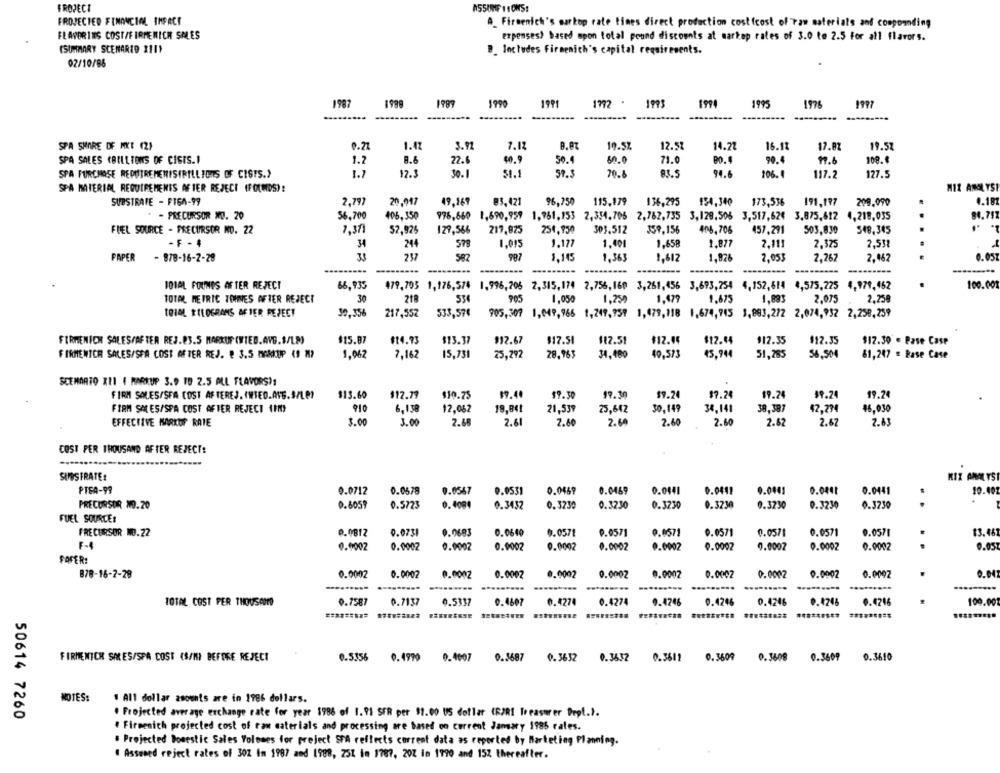
FROPECT
ASSUME 11 ONS:
FROJECTED FINANCIAL IMPACT
A_ Firmenich's markop rate times direct production cost(cost of raw materials and compounding
FLAVORINS COST/FIRMENICH SALES
expenses) based upon total pound discounts at markep rates of 3.0 to 2.5 For all flavors.
(SUMMARY SCENARIO XIIY
B. Includes Firmenich's capital requirements.
02/10/88
1987
1998
1999
1990
1991
1772 .
1993
1994
1995
1976
-------..
SPA SHORE OF MYE (2)
0.27
1.47
3.92
7.17
8.87
19.5%
12.57
14.72
16.12
17.87
19.57
SPA SALES (BILLIONS OF CISIS.1
1.2
R.6
22.6
40.9
50.4
60.0
71.0
90.4
17.6
108.
SPA FURCHOSE REDUIREMENISIBILLIONS OF CISTS.>
1.7
17.3
30. 1
51.1
59.3
70.8
83.5
94.6
106.4
117.2
127.5
SPA MATERIAL REQUIREMENTS AFTER REJECT (FOLDS)!
MIZ AMOLYSI
SUBSTRATE - FIGA-99
2,797
20,047
96,750 115,179 136,295
154,340
173,536
209.090
4.18
49,169 @3,421
191,197
- PRECURSOR XD. 20
56.700
406,350
978,660 1,690,959 1,761,153 2,354.706 2,787,735 3,129,506 3,517,62€ 3,875,612 4,218,055
FUEL SOURCE - PRECURSOR NO. 22
7,371
52,925
129,566
217,825
254,930
303.512
J59,156
406,706
457,291
503,830
548,345
- F - 4
34
244
1.015
1.177
1.401
1,658
1.877
2.111
2,375
2,531
237
PAPER
- 878-16-2-28
33
582
987
1,145
1,363
1,612
1,876
2,053
2,267
2,462
0. 05.
--------
--
IDIAL FOUNDS AFTER REJECT
66,935
479,703 1,176,574 1,996,706 2,315, 174 2,756,160 3,261,456 3,693,754 4, 152,614 4,575,225
4,979,462
100.001
TOTAL METRIC TOIRES AFTER REJECT
30
218
905
1.050
1,250
1,479
1,675
1.895
2.075
2.258
IOIOL KILOGRAMS AFTER REPECT
30,356
217,557
533,574
905,307 1,049,966 1,249,959 1,479,118 1,674,745 3,893,272 2,074,932 2,258,259
FIRMENICH SALES/AFTER REJ.83.5 MARKUP (WIED.AVG.$/LM)
$15.87
#14.93
$13.37
912.67
$17.51
112.51
#12.44
$12.44
$12.35
$12.35
$12.30 . Pase Case
FIRMENICH SALES/SEA COST AFTER REJ. @ 3.5 MARKUP (9 M)
1,062
7,162
15,731
25,292
28,963
34,480
40,573
45,944
51,285
56.504
61,247 - Base Case
SCEMORTO XII ( MARKUP 3.9 19 2.5 ALL FLAVORS):
FIRM SALES/SFA COST AFTEREJ. INTED.AVG.S/Le?
$13.60
$12.79
$10.75
$9.40
$9.30
19.30
$9.74
$7.24
19.24
19.74
19.24
FIRM SALES/SPA COST AFTER REJECT (IN)
910
6.138
12,062
19,841
21,539
25,642
30,149
34,141
38,387
42,274
46,030
EFFECTIVE MARKOF RATE
3.00
3.00
2.66
2.61
2.60
2.60
2.60
2.60
2.82
2.67
2.83
COST PER THOUSAND AFTER REJECT:
SUBSTRATE!
MIX ANALYSI
PTEA-99
0.0712
0.0578
0.0567
0.0531
0.0469
0.0469
0.0441
0.0411
0.0001
0.0441
10.00
PRECURSOR 10.20
0.6059
0.5723
0.4084
0.3432
0.3230
0.3230
0.3230
0.3230
0.3230
0.3230
0.3230
FUEL SOURCES
FRECURSOR 10.22
0.0812
0.0731
0.0683
0.0640
0.0571
0.0571
0.0571
0.0571
0.0571
0.0571
0.057
13.46
F-4
0.9002
0.0002
0.0002
0.0002
0.0002
0.0002
0.0002
0.0002
9.0002
0.0002
0.0002
0.05
FAFER:
878-16-2-28
0.0002
0.0002
0.0002
0.0002
0.0002
0.0002
9.0002
0.0002
0.0002
0.0002
0.0002
0.04
...
.......
TOTAL COST PER THOUSCITO
0.7587
0.7137
0.5337
0.4607
0.4274
0.4274
0.4246
0.4246
0.4246
0.4246
0.4246
100.00
FIRMENICH SARES/SPA COST (S/M) BEFORE REJECT
0.5356 0.4990 0.4007
0.3687
0.3632
0.3632
0.3611
0.3609
0.3608 0.3609
0.3610
NOTES:
1 All dollar amounts are in 1986 dollars.
50614 7260
. Projected average exchange rate for year 1986 of 1.91 SFR per $1.00 US dollar (R/RI Treasurer Dept.).
# Firmenich projected cost of raw materials and processing are based on current Jamary 1985 rates.
. Projected Domestic Sales Volumes for preject SPA reflects current data as reported by Marketing Planning.
" Assumed reject rates of 302 In 1987 and 1988, 251 im 1787, 202 in 1790 and 15% thereafter.